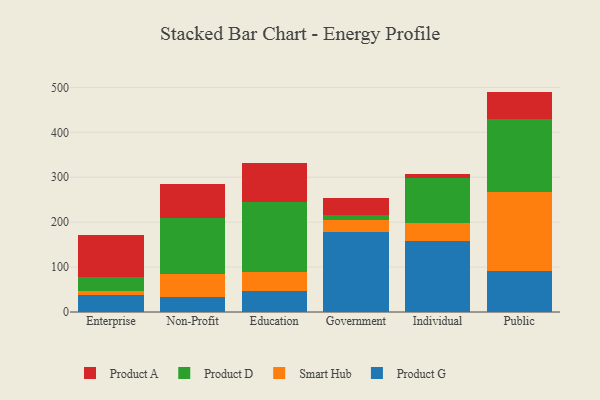
{"axis": {"x": "Segment", "y": "Temperature (°C)"}, "legend": ["Product A", "Product D", "Product G", "Smart Hub"], "data": [{"x": "Enterprise", "y": 37.6, "type": "Product G"}, {"x": "Enterprise", "y": 8.1, "type": "Smart Hub"}, {"x": "Enterprise", "y": 31.6, "type": "Product D"}, {"x": "Enterprise", "y": 93.0, "type": "Product A"}, {"x": "Non-Profit", "y": 32.8, "type": "Product G"}, {"x": "Non-Profit", "y": 51.8, "type": "Smart Hub"}, {"x": "Non-Profit", "y": 125.3, "type": "Product D"}, {"x": "Non-Profit", "y": 75.6, "type": "Product A"}, {"x": "Education", "y": 46.5, "type": "Product G"}, {"x": "Education", "y": 41.6, "type": "Smart Hub"}, {"x": "Education", "y": 156.1, "type": "Product D"}, {"x": "Education", "y": 87.4, "type": "Product A"}, {"x": "Government", "y": 179.0, "type": "Product G"}, {"x": "Government", "y": 25.0, "type": "Smart Hub"}, {"x": "Government", "y": 12.1, "type": "Product D"}, {"x": "Government", "y": 38.2, "type": "Product A"}, {"x": "Individual", "y": 158.9, "type": "Product G"}, {"x": "Individual", "y": 39.2, "type": "Smart Hub"}, {"x": "Individual", "y": 100.7, "type": "Product D"}, {"x": "Individual", "y": 8.6, "type": "Product A"}, {"x": "Public", "y": 91.7, "type": "Product G"}, {"x": "Public", "y": 176.1, "type": "Smart Hub"}, {"x": "Public", "y": 162.3, "type": "Product D"}, {"x": "Public", "y": 60.5, "type": "Product A"}]}